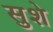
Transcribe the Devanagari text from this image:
सुशे